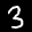
Label: 3